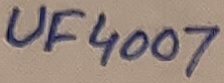
Text: UF4007